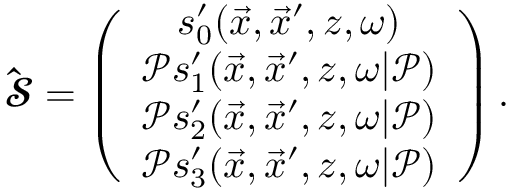
\begin{array} { r } { { \bf \widehat { \mathbfcal { S } } } = \left( \begin{array} { c } { s _ { 0 } ^ { \prime } ( \vec { x } , \vec { x } ^ { \prime } , z , \omega ) } \\ { \mathcal { P } s _ { 1 } ^ { \prime } ( \vec { x } , \vec { x } ^ { \prime } , z , \omega | \mathcal { P } ) } \\ { \mathcal { P } s _ { 2 } ^ { \prime } ( \vec { x } , \vec { x } ^ { \prime } , z , \omega | \mathcal { P } ) } \\ { \mathcal { P } s _ { 3 } ^ { \prime } ( \vec { x } , \vec { x } ^ { \prime } , z , \omega | \mathcal { P } ) } \end{array} \right) . } \end{array}